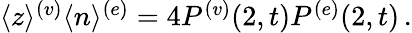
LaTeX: \begin{array}{r}{\langle z\rangle^{(v)}\langle n\rangle^{(e)}=4P^{(v)}(2,t)P^{(e)}(2,t)\, .}\end{array}